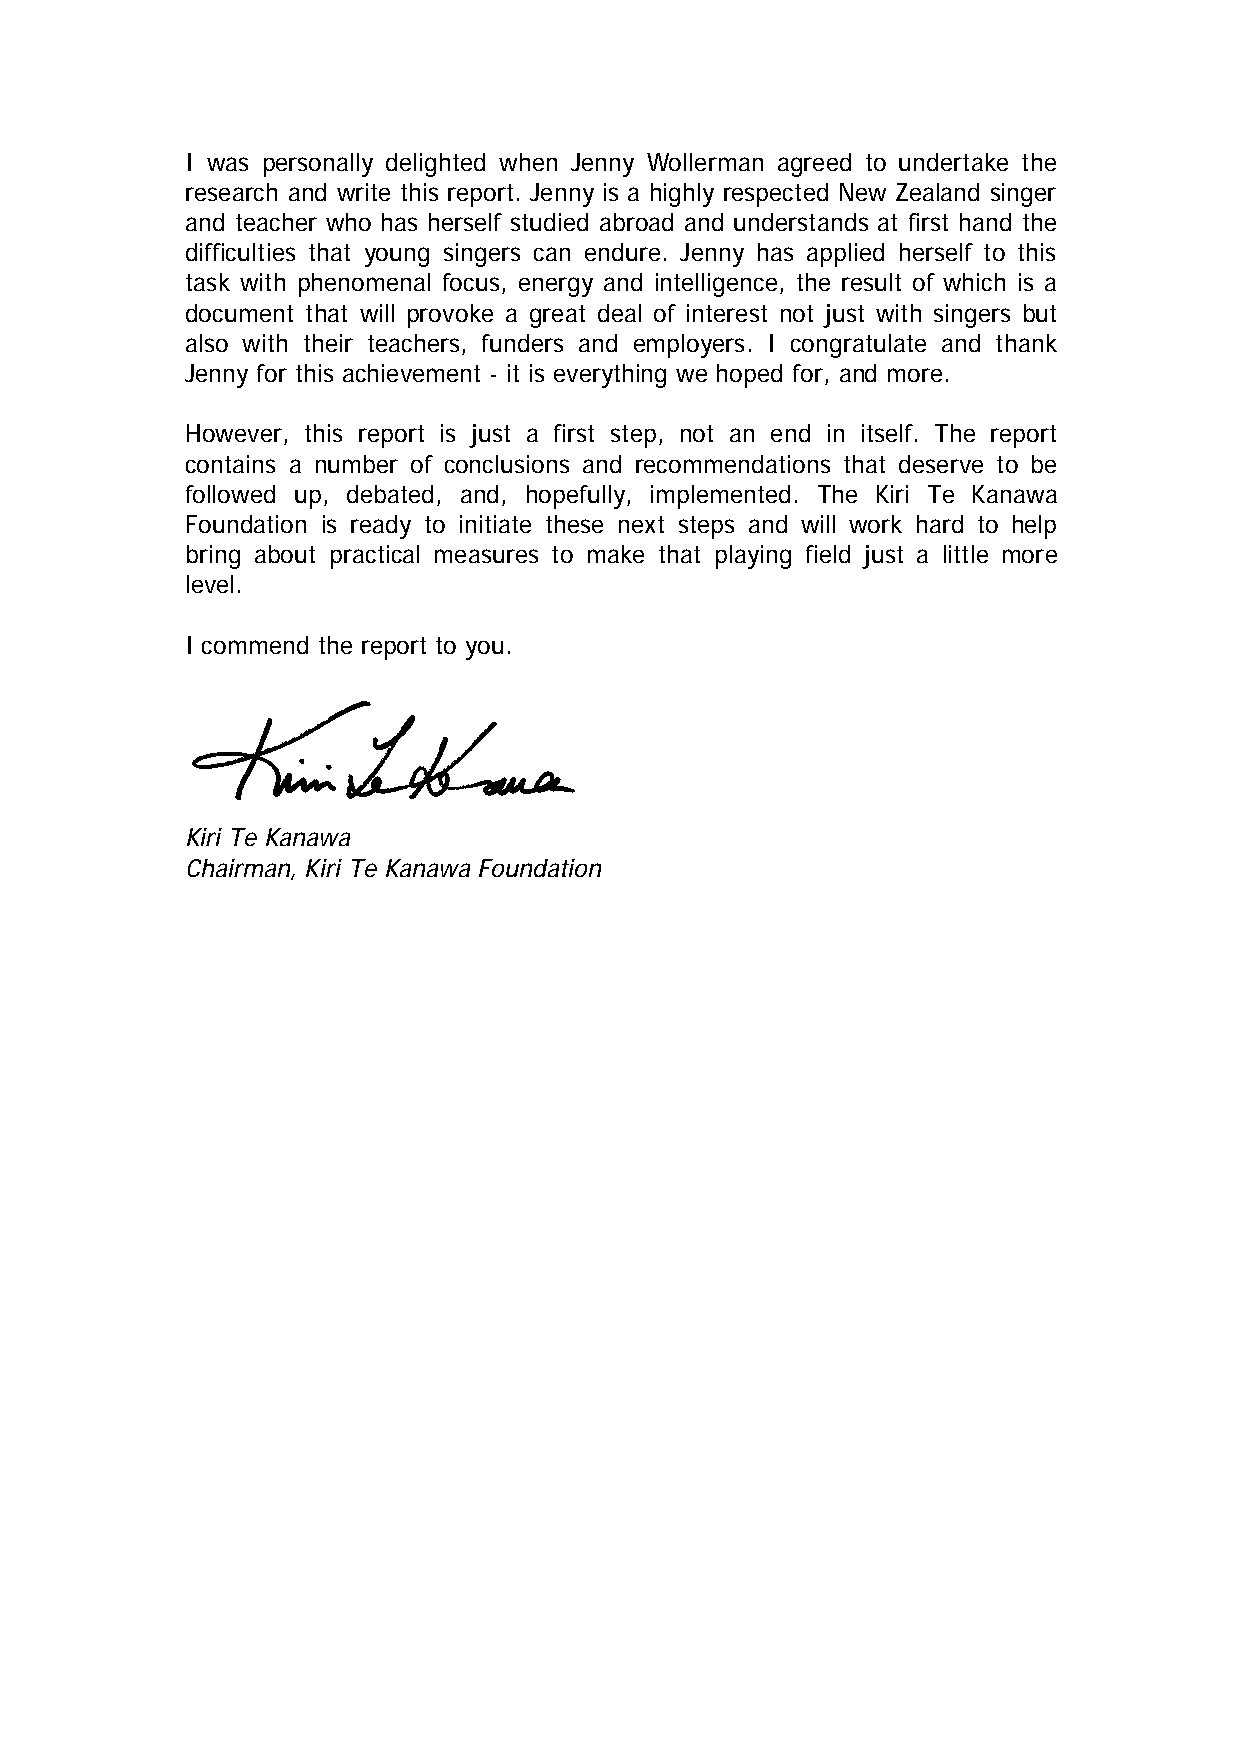
I was personally delighted when Jenny Wollerman agreed to undertake the
 research and write this report. Jenny is a highly respected New Zealand singer
 and teacher who has herself studied abroad and understands at first hand the
 difficulties that young singers can endure. Jenny has applied herself to this
 task with phenomenal focus, energy and intelligence, the result of which is a
 document that will provoke a great deal of interest not just with singers but
 also with their teachers, funders and employers. I congratulate and thank
 Jenny for this achievement - it is everything we hoped for, and more.
 However, this report is just a first step, not an end in itself. The report
 contains a number of conclusions and recommendations that deserve to be
 followed up, debated, and, hopefully, implemented. The Kiri Te Kanawa
 Foundation is ready to initiate these next steps and will work hard to help
 bring about practical measures to make that playing field just a little more
 level.
 I commend the report to you.
 Kiri Te Kanawa
 Chairman, Kiri Te Kanawa Foundation